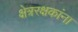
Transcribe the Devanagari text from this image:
क्षेत्ररक्षकांना